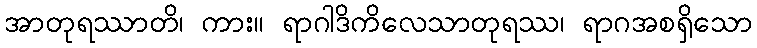
အာတုရဿာတိ၊ ကား။ ရာဂါဒိကိလေသာတုရဿ၊ ရာဂအစရှိသော